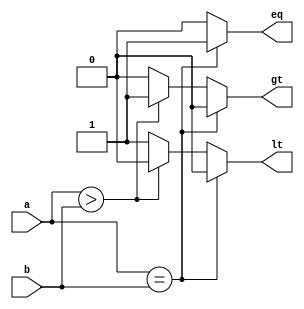
`timescale 1ns / 1ps
//////////////////////////////////////////////////////////////////////////////////
// Company: 
// Engineer: 
// 
// Design Name: 
// Module Name: comparator_4bit
// Project Name: 
// Target Devices: 
// Tool Versions: 
// Description: 
// 
// Dependencies: 
// 
// Revision:
// Revision 0.01 - File Created
// Additional Comments:
// 
//////////////////////////////////////////////////////////////////////////////////


module comparator_4bit(
    input [3:0] a,input [3:0] b,
    output reg eq,output reg lt,output reg gt);
    always@(a,b)
    begin
    if(a==b)
    begin
    eq= 1'b1;
    gt= 1'b0;
    lt= 1'b0;
    end
    else if (a>b)
    begin
    eq = 1'b0;
    gt = 1'b1;
    lt = 1'b0;
    end
    else
    begin
        eq= 1'b0;
        gt= 1'b0;
        lt= 1'b1;
    end
    end
    endmodule